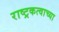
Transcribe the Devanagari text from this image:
राष्ट्रकत्वाच्या